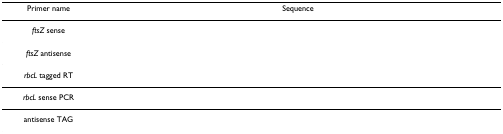
<table><thead><tr><td><b>Primer name</b></td><td><b>Sequence</b></td></tr></thead><tbody><tr><td><i>ftsZ </i>sense</td><td>[EMPTY_CELL]</td></tr><tr><td><i>ftsZ </i>antisense</td><td>[EMPTY_CELL]</td></tr><tr><td><i>rbcL </i>tagged RT</td><td>[EMPTY_CELL]</td></tr><tr><td><i>rbcL </i>sense PCR</td><td>[EMPTY_CELL]</td></tr><tr><td>antisense TAG</td><td>[EMPTY_CELL]</td></tr></tbody></table>